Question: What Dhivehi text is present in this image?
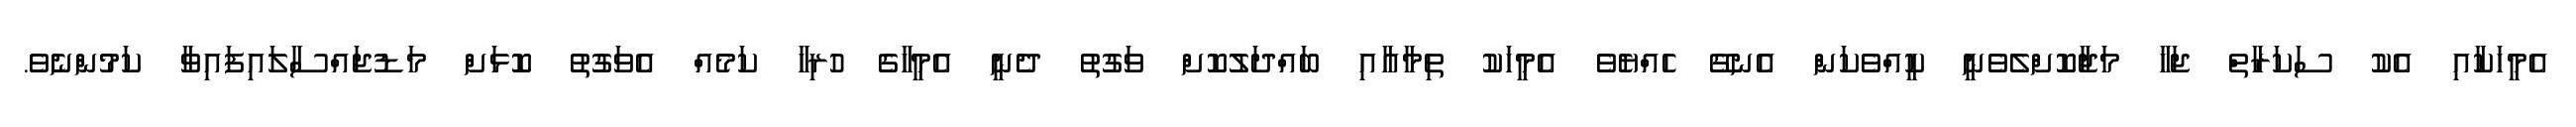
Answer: އެމީހަކާއި އެކު ސަކަރާތް ޖަހާ މަޖާކޮށްލެވެނީ ކީއްވެކަން އެނގޭ ހެއްޔެވެ އެމީހަކު ތިމާއާއި ބައްދަލުކޮށް ވަގުތު ދެނީ އެމީހާގެ ހުރިހާ ކަމެއް އެވަގުތު ކޮޅަށް މަޑުޖައްސާލައިފައިވާ ކަމުންނެވެ.